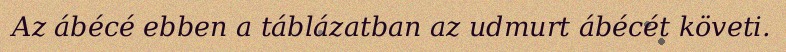
Az ábécé ebben a táblázatban az udmurt ábécét követi.